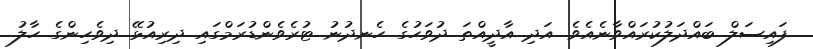
ފައިސަލް ބައްދަލުކުރައްވާނެއެވެ. އަދި އާދީއްތަ ދުވަހުގެ ހެނދުނު ޓުރެވެންޑުރަމްގައި ދިރިއުޅޭ ދިވެހިންގެ ހާލު